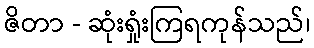
ဇိတာ - ဆုံးရှုံးကြရကုန်သည်၊